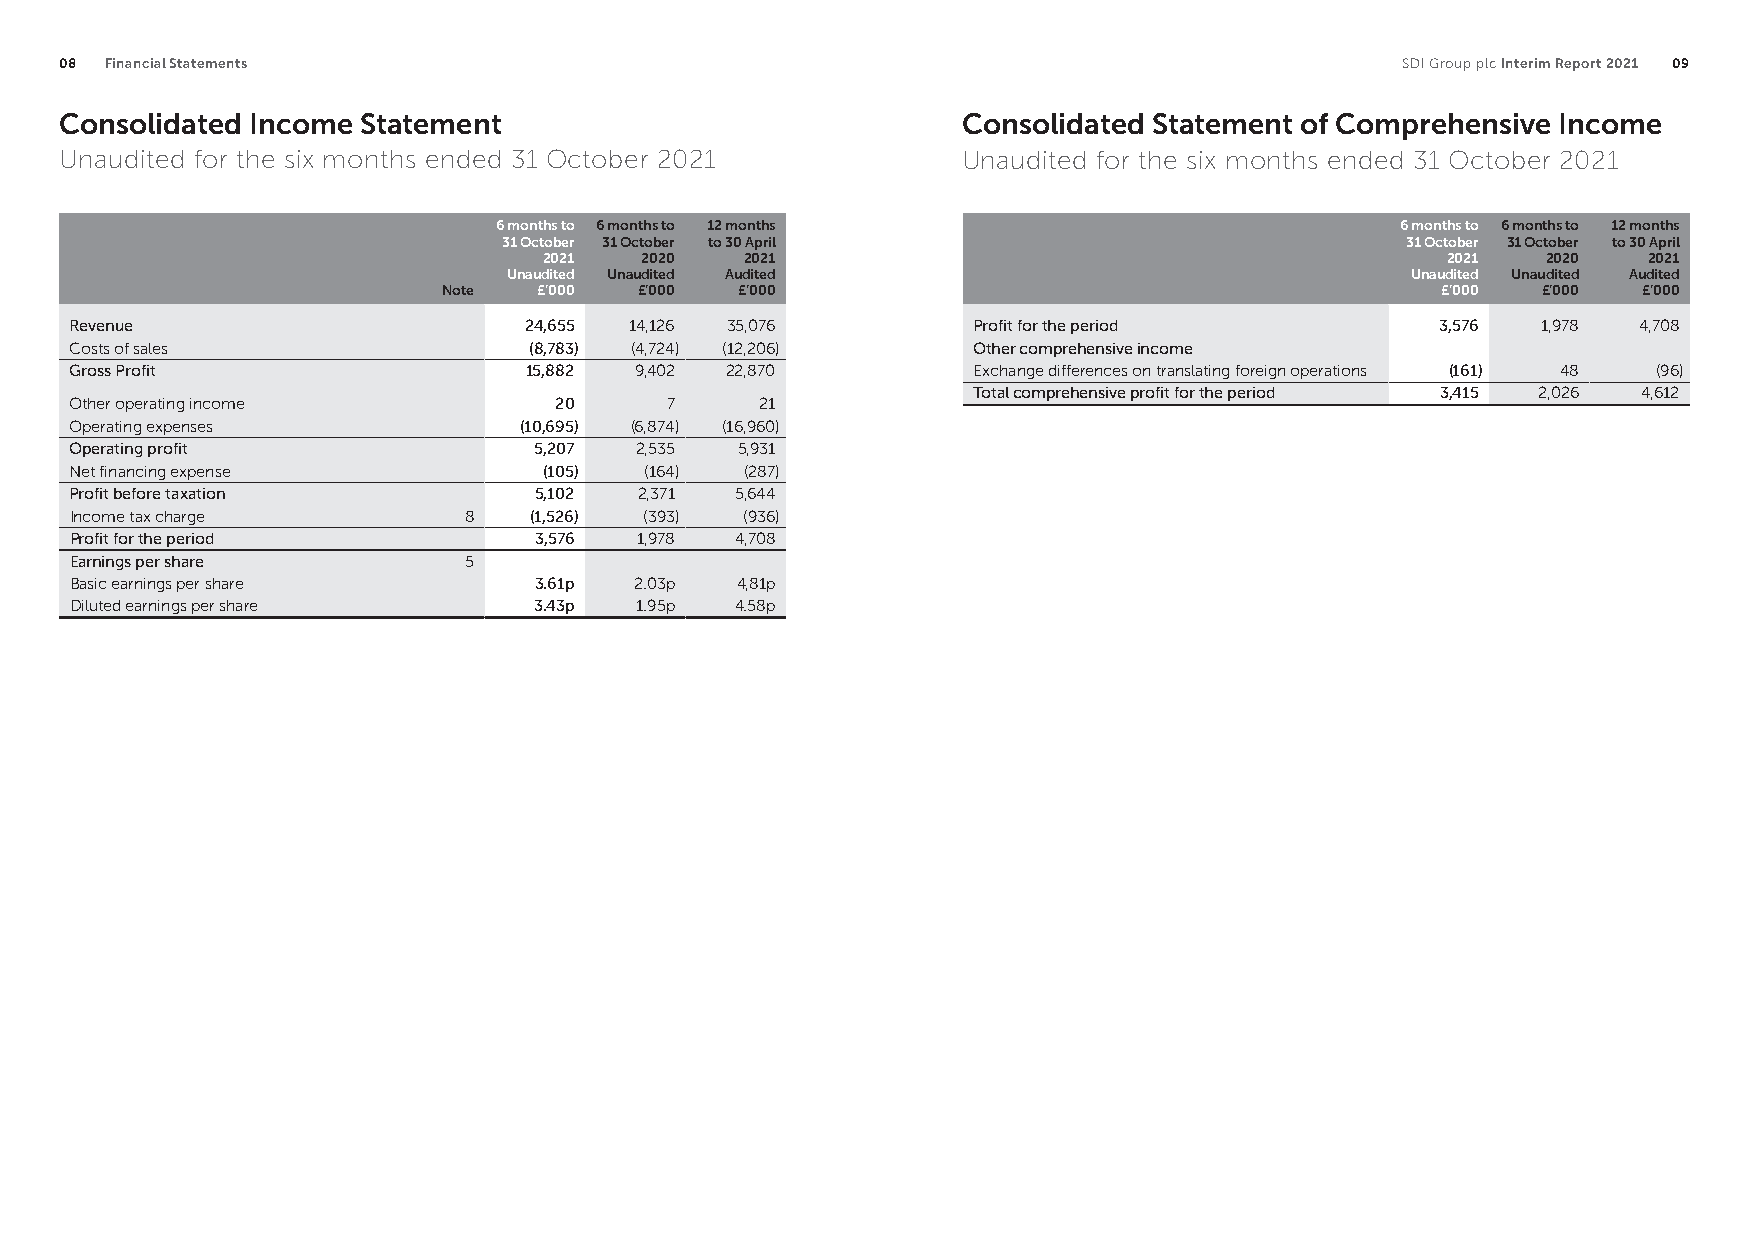
08 Financial Statements                                                                  SDI Group plc Interim Report 2021 09
 Consolidated Income Statement                               Consolidated Statement of Comprehensive Income
 Unaudited for the six months ended 31 October 2021          Unaudited for the six months ended 31 October 2021
 6 months to 6 months to 12 months                           6 months to 6 months to 12 months
 31 October 31 October to 30 April                           31 October 31 October to 30 April
 2021  2020   2021                                           2021  2020   2021
 Unaudited Unaudited Audited                                Unaudited Unaudited Audited
 Note   £’000 £’000  £’000                                         £’000  £’000  £’000
 Revenue                       24,655 14,126 35,076         Profit for the period          3,576  1,978 4,708
 Costs of sales                (8,783) (4,724) (12,206)     Other comprehensive income
 Gross Profit                  15,882 9,402 22,870          Exchange differences on translating foreign operations (161) 48 (96)
 Total comprehensive profit for the period 3,415 2,026 4,612
 Other operating income          20     7     21
 Operating expenses           (10,695) (6,874) (16,960)
 Operating profit              5,207  2,535  5,931
 Net financing expense          (105)  (164) (287)
 Profit before taxation        5,102  2,371  5,644
 Income tax charge         8   (1,526) (393) (936)
 Profit for the period         3,576  1,978  4,708
 Earnings per share        5
 Basic earnings per share      3.61p  2.03p  4,81p
 Diluted earnings per share    3.43p  1.95p  4.58p